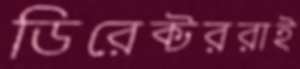
ডিরেক্টররাই